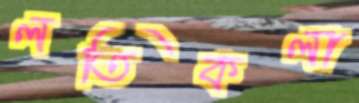
লতিকলা